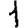
Digit: 1